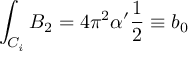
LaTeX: \int _ { { \cal C } _ { i } } B _ { 2 } = 4 \pi ^ { 2 } \alpha ^ { \prime } \frac { 1 } { 2 } \equiv b _ { 0 }